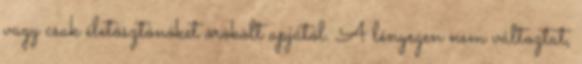
vagy csak életösztönöket örökölt apjától. A lényegen nem változtat,